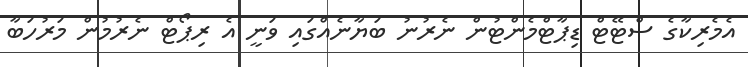
އެމެރިކާގެ ސްޓޭޓް ޑިޕާޓްމެންޓުން ނެރުނު ބަޔާނެއްގައި ވަނީ އެ ރިޕޯޓް ނެރުމުން މަރުހަބާ